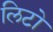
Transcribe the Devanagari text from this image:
लिटो